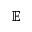
\mathbb { E }